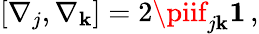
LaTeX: [\nabla_{j},\nabla_{\mathbf{k}}]=2\piif_{j\mathbf{k}}{\mathbf{1}}\, ,